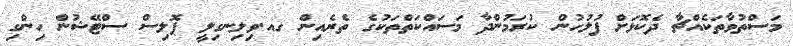
މަސްތުވާތަކެއްޗާ ދެކޮޅަށް ފުލުހުން ކުރަމުންދާ މަސައްކަތްތަކުގެ ތެރެއިން ގއ.ވިލިނގިލީ ޕޮލިސް ސްޓޭޝުން ހިންގި